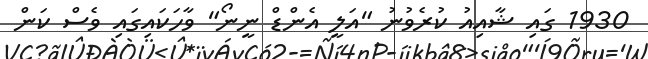
1930 ގައި ޝާއިއު ކުރެވުނު "އަލީ އެންޑް ނީނޯ" ވާހަކައިގައި ވެސް ކަން